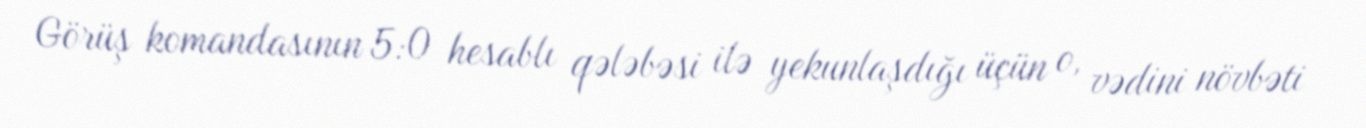
Görüş komandasının 5:0 hesablı qələbəsi ilə yekunlaşdığı üçün o, vədini növbəti